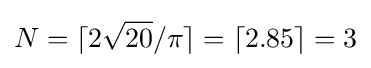
N=\lceil 2{\sqrt {20}}/\pi \rceil =\lceil 2.85\rceil =3